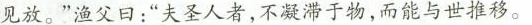
见放。”渔父日：”夫圣人者，不凝滞于物，而能与世推移。